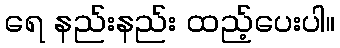
ရေ နည်းနည်း ထည့်ပေးပါ။